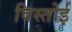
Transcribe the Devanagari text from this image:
विस्तोई